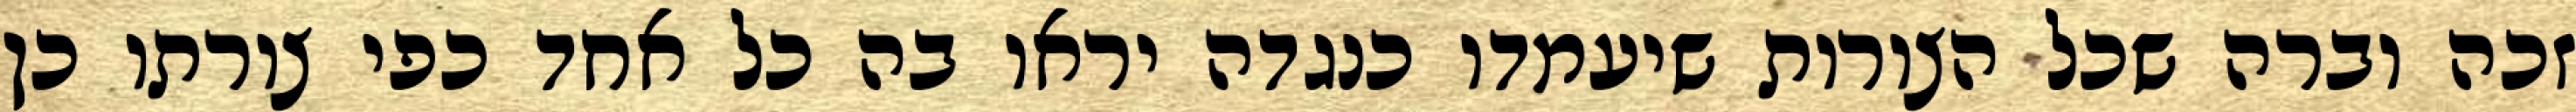
זכה וברה שכל הצורות שיעמדו כנגדה יראו בה כל אחד כפי צורתו כן